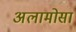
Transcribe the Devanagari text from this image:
अलामोसा